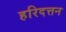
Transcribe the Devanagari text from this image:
हरिदत्तन